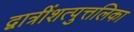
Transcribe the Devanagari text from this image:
द्वात्रींशत्पुत्तलिका